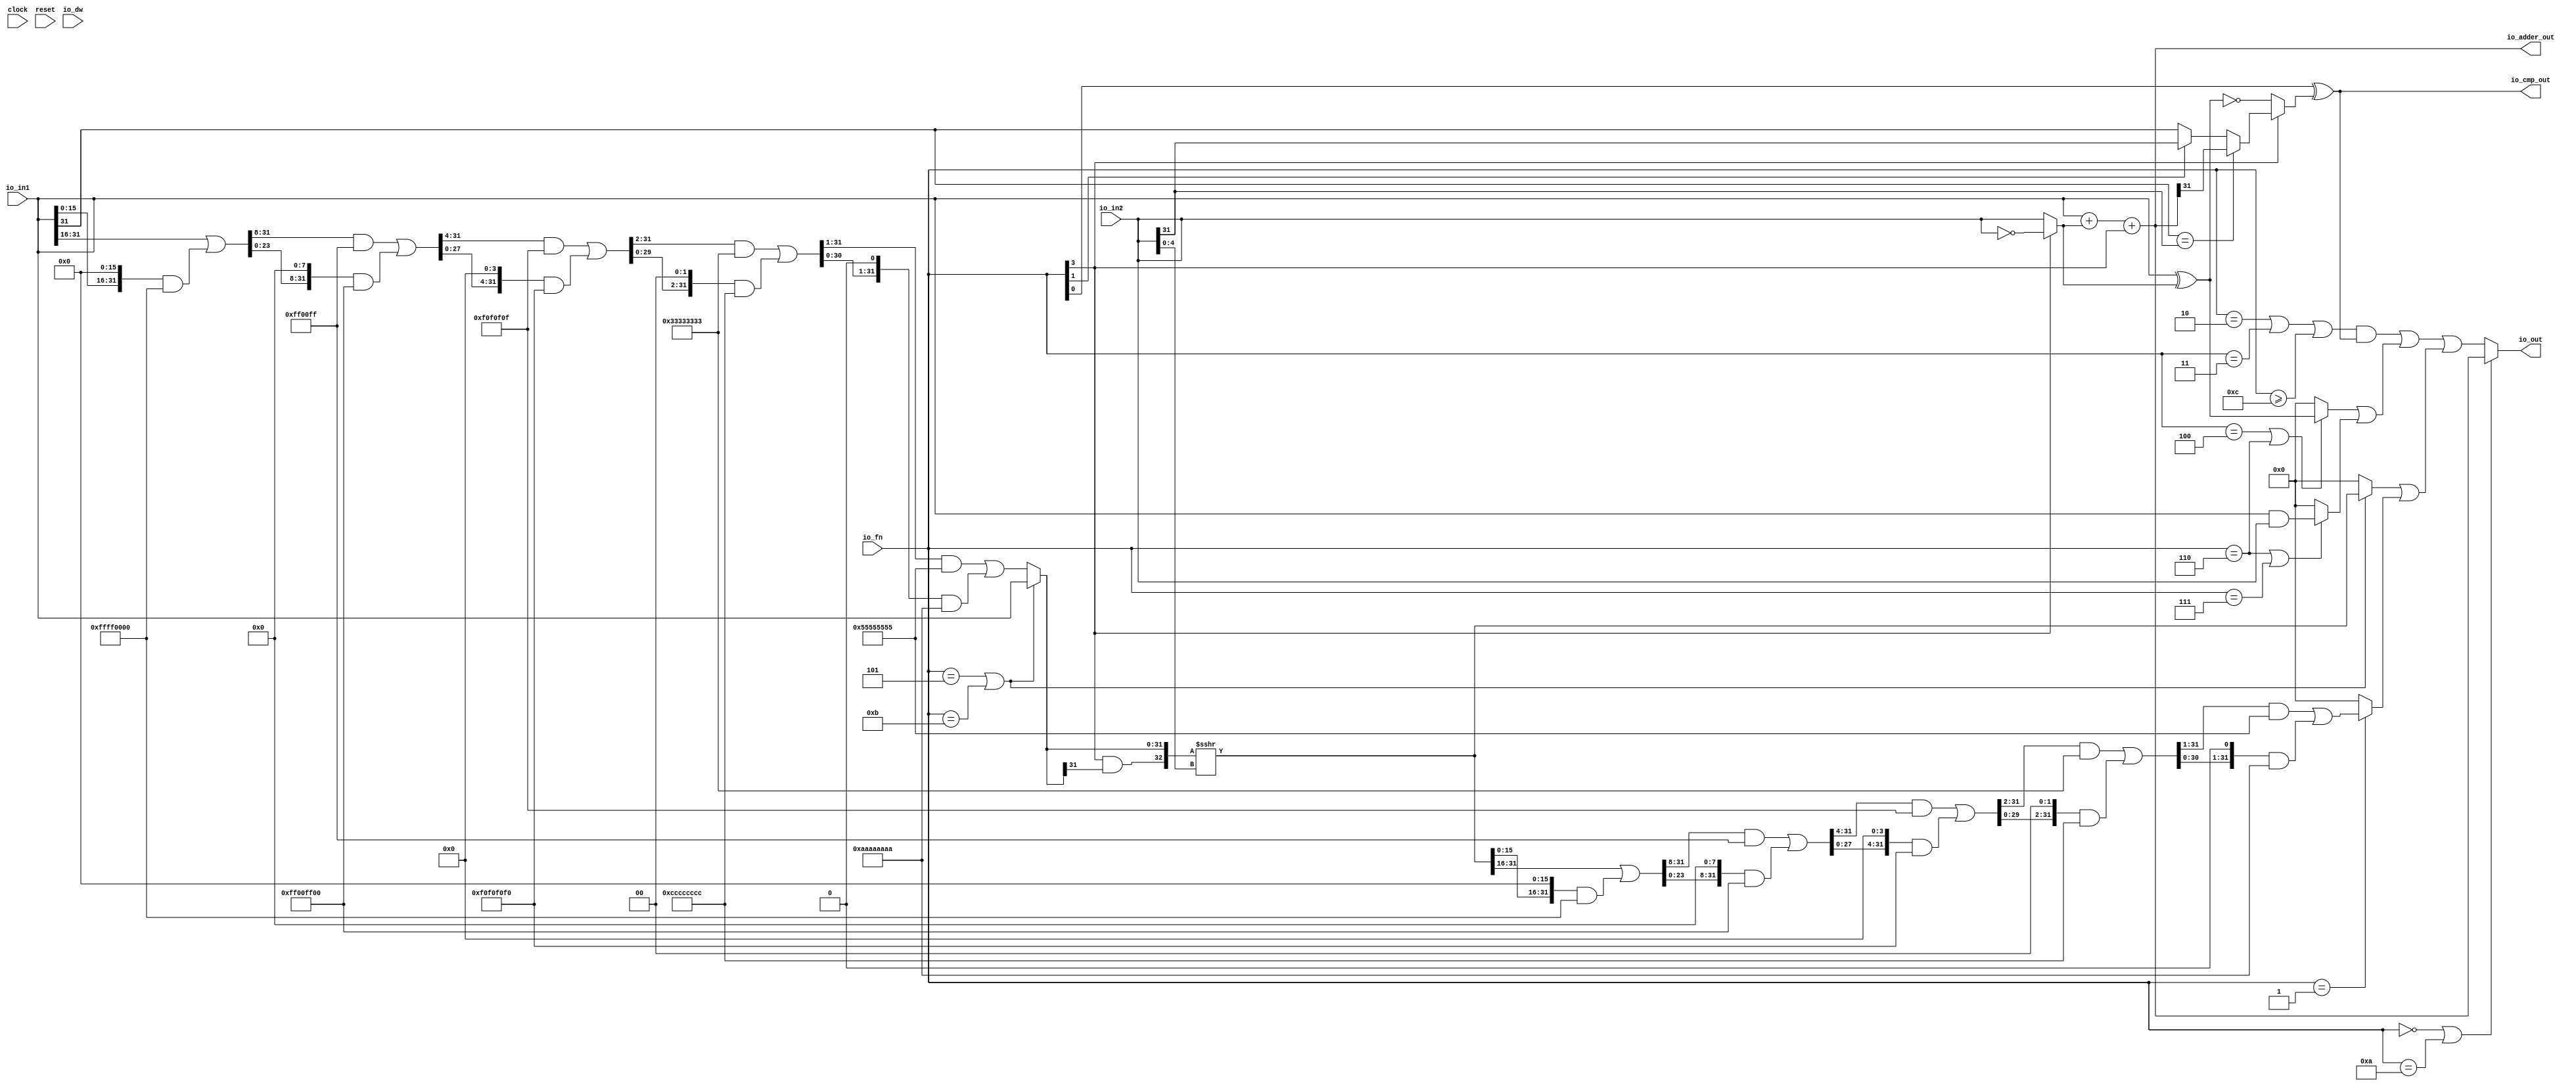
module ALU(
  input   clock,
  input   reset,
  input   io_dw,
  input  [3:0] io_fn,
  input  [31:0] io_in2,
  input  [31:0] io_in1,
  output [31:0] io_out,
  output [31:0] io_adder_out,
  output  io_cmp_out
);
  wire  T_15;
  wire [31:0] T_16;
  wire [31:0] in2_inv;
  wire [31:0] in1_xor_in2;
  wire [32:0] T_17;
  wire [31:0] T_18;
  wire [31:0] GEN_0;
  wire [32:0] T_20;
  wire [31:0] T_21;
  wire  T_22;
  wire  T_25;
  wire  T_27;
  wire  T_28;
  wire  T_29;
  wire  T_30;
  wire  T_31;
  wire  T_32;
  wire  T_35;
  wire  T_36;
  wire  T_37;
  wire  T_38;
  wire [4:0] shamt;
  wire  T_39;
  wire  T_40;
  wire  T_41;
  wire [15:0] T_46;
  wire [31:0] T_47;
  wire [15:0] T_48;
  wire [31:0] GEN_1;
  wire [31:0] T_49;
  wire [31:0] T_51;
  wire [31:0] T_52;
  wire [23:0] T_56;
  wire [31:0] GEN_2;
  wire [31:0] T_57;
  wire [23:0] T_58;
  wire [31:0] GEN_3;
  wire [31:0] T_59;
  wire [31:0] T_61;
  wire [31:0] T_62;
  wire [27:0] T_66;
  wire [31:0] GEN_4;
  wire [31:0] T_67;
  wire [27:0] T_68;
  wire [31:0] GEN_5;
  wire [31:0] T_69;
  wire [31:0] T_71;
  wire [31:0] T_72;
  wire [29:0] T_76;
  wire [31:0] GEN_6;
  wire [31:0] T_77;
  wire [29:0] T_78;
  wire [31:0] GEN_7;
  wire [31:0] T_79;
  wire [31:0] T_81;
  wire [31:0] T_82;
  wire [30:0] T_86;
  wire [31:0] GEN_8;
  wire [31:0] T_87;
  wire [30:0] T_88;
  wire [31:0] GEN_9;
  wire [31:0] T_89;
  wire [31:0] T_91;
  wire [31:0] T_92;
  wire [31:0] shin;
  wire  T_94;
  wire  T_95;
  wire [32:0] T_96;
  wire [32:0] T_97;
  wire [32:0] T_98;
  wire [31:0] shout_r;
  wire [15:0] T_103;
  wire [31:0] T_104;
  wire [15:0] T_105;
  wire [31:0] GEN_10;
  wire [31:0] T_106;
  wire [31:0] T_108;
  wire [31:0] T_109;
  wire [23:0] T_113;
  wire [31:0] GEN_11;
  wire [31:0] T_114;
  wire [23:0] T_115;
  wire [31:0] GEN_12;
  wire [31:0] T_116;
  wire [31:0] T_118;
  wire [31:0] T_119;
  wire [27:0] T_123;
  wire [31:0] GEN_13;
  wire [31:0] T_124;
  wire [27:0] T_125;
  wire [31:0] GEN_14;
  wire [31:0] T_126;
  wire [31:0] T_128;
  wire [31:0] T_129;
  wire [29:0] T_133;
  wire [31:0] GEN_15;
  wire [31:0] T_134;
  wire [29:0] T_135;
  wire [31:0] GEN_16;
  wire [31:0] T_136;
  wire [31:0] T_138;
  wire [31:0] T_139;
  wire [30:0] T_143;
  wire [31:0] GEN_17;
  wire [31:0] T_144;
  wire [30:0] T_145;
  wire [31:0] GEN_18;
  wire [31:0] T_146;
  wire [31:0] T_148;
  wire [31:0] shout_l;
  wire [31:0] T_153;
  wire  T_154;
  wire [31:0] T_156;
  wire [31:0] shout;
  wire  T_157;
  wire  T_158;
  wire  T_159;
  wire [31:0] T_161;
  wire  T_163;
  wire  T_164;
  wire [31:0] T_165;
  wire [31:0] T_167;
  wire [31:0] logic$;
  wire  T_168;
  wire  T_169;
  wire  T_170;
  wire  T_171;
  wire  T_172;
  wire  T_173;
  wire [31:0] GEN_19;
  wire [31:0] T_174;
  wire [31:0] shift_logic;
  wire  T_175;
  wire  T_176;
  wire  T_177;
  wire [31:0] out;
  assign io_out = out;
  assign io_adder_out = T_21;
  assign io_cmp_out = T_38;
  assign T_15 = io_fn[3];
  assign T_16 = ~ io_in2;
  assign in2_inv = T_15 ? T_16 : io_in2;
  assign in1_xor_in2 = io_in1 ^ in2_inv;
  assign T_17 = io_in1 + in2_inv;
  assign T_18 = T_17[31:0];
  assign GEN_0 = {{31'd0}, T_15};
  assign T_20 = T_18 + GEN_0;
  assign T_21 = T_20[31:0];
  assign T_22 = io_fn[0];
  assign T_25 = T_15 == 1'h0;
  assign T_27 = in1_xor_in2 == 32'h0;
  assign T_28 = io_in1[31];
  assign T_29 = io_in2[31];
  assign T_30 = T_28 == T_29;
  assign T_31 = io_adder_out[31];
  assign T_32 = io_fn[1];
  assign T_35 = T_32 ? T_29 : T_28;
  assign T_36 = T_30 ? T_31 : T_35;
  assign T_37 = T_25 ? T_27 : T_36;
  assign T_38 = T_22 ^ T_37;
  assign shamt = io_in2[4:0];
  assign T_39 = io_fn == 4'h5;
  assign T_40 = io_fn == 4'hb;
  assign T_41 = T_39 | T_40;
  assign T_46 = io_in1[31:16];
  assign T_47 = {{16'd0}, T_46};
  assign T_48 = io_in1[15:0];
  assign GEN_1 = {{16'd0}, T_48};
  assign T_49 = GEN_1 << 16;
  assign T_51 = T_49 & 32'hffff0000;
  assign T_52 = T_47 | T_51;
  assign T_56 = T_52[31:8];
  assign GEN_2 = {{8'd0}, T_56};
  assign T_57 = GEN_2 & 32'hff00ff;
  assign T_58 = T_52[23:0];
  assign GEN_3 = {{8'd0}, T_58};
  assign T_59 = GEN_3 << 8;
  assign T_61 = T_59 & 32'hff00ff00;
  assign T_62 = T_57 | T_61;
  assign T_66 = T_62[31:4];
  assign GEN_4 = {{4'd0}, T_66};
  assign T_67 = GEN_4 & 32'hf0f0f0f;
  assign T_68 = T_62[27:0];
  assign GEN_5 = {{4'd0}, T_68};
  assign T_69 = GEN_5 << 4;
  assign T_71 = T_69 & 32'hf0f0f0f0;
  assign T_72 = T_67 | T_71;
  assign T_76 = T_72[31:2];
  assign GEN_6 = {{2'd0}, T_76};
  assign T_77 = GEN_6 & 32'h33333333;
  assign T_78 = T_72[29:0];
  assign GEN_7 = {{2'd0}, T_78};
  assign T_79 = GEN_7 << 2;
  assign T_81 = T_79 & 32'hcccccccc;
  assign T_82 = T_77 | T_81;
  assign T_86 = T_82[31:1];
  assign GEN_8 = {{1'd0}, T_86};
  assign T_87 = GEN_8 & 32'h55555555;
  assign T_88 = T_82[30:0];
  assign GEN_9 = {{1'd0}, T_88};
  assign T_89 = GEN_9 << 1;
  assign T_91 = T_89 & 32'haaaaaaaa;
  assign T_92 = T_87 | T_91;
  assign shin = T_41 ? io_in1 : T_92;
  assign T_94 = shin[31];
  assign T_95 = T_15 & T_94;
  assign T_96 = {T_95,shin};
  assign T_97 = $signed(T_96);
  assign T_98 = ($signed(T_97) >>> shamt) ;//($signed(T_97) >> shamt) | ; //$signed(T_97) >>> shamt;//$signed(T_97) >>> shamt;
  assign shout_r = T_98[31:0];
  assign T_103 = shout_r[31:16];
  assign T_104 = {{16'd0}, T_103};
  assign T_105 = shout_r[15:0];
  assign GEN_10 = {{16'd0}, T_105};
  assign T_106 = GEN_10 << 16;
  assign T_108 = T_106 & 32'hffff0000;
  assign T_109 = T_104 | T_108;
  assign T_113 = T_109[31:8];
  assign GEN_11 = {{8'd0}, T_113};
  assign T_114 = GEN_11 & 32'hff00ff;
  assign T_115 = T_109[23:0];
  assign GEN_12 = {{8'd0}, T_115};
  assign T_116 = GEN_12 << 8;
  assign T_118 = T_116 & 32'hff00ff00;
  assign T_119 = T_114 | T_118;
  assign T_123 = T_119[31:4];
  assign GEN_13 = {{4'd0}, T_123};
  assign T_124 = GEN_13 & 32'hf0f0f0f;
  assign T_125 = T_119[27:0];
  assign GEN_14 = {{4'd0}, T_125};
  assign T_126 = GEN_14 << 4;
  assign T_128 = T_126 & 32'hf0f0f0f0;
  assign T_129 = T_124 | T_128;
  assign T_133 = T_129[31:2];
  assign GEN_15 = {{2'd0}, T_133};
  assign T_134 = GEN_15 & 32'h33333333;
  assign T_135 = T_129[29:0];
  assign GEN_16 = {{2'd0}, T_135};
  assign T_136 = GEN_16 << 2;
  assign T_138 = T_136 & 32'hcccccccc;
  assign T_139 = T_134 | T_138;
  assign T_143 = T_139[31:1];
  assign GEN_17 = {{1'd0}, T_143};
  assign T_144 = GEN_17 & 32'h55555555;
  assign T_145 = T_139[30:0];
  assign GEN_18 = {{1'd0}, T_145};
  assign T_146 = GEN_18 << 1;
  assign T_148 = T_146 & 32'haaaaaaaa;
  assign shout_l = T_144 | T_148;
  assign T_153 = T_41 ? shout_r : 32'h0;
  assign T_154 = io_fn == 4'h1;
  assign T_156 = T_154 ? shout_l : 32'h0;
  assign shout = T_153 | T_156;
  assign T_157 = io_fn == 4'h4;
  assign T_158 = io_fn == 4'h6;
  assign T_159 = T_157 | T_158;
  assign T_161 = T_159 ? in1_xor_in2 : 32'h0;
  assign T_163 = io_fn == 4'h7;
  assign T_164 = T_158 | T_163;
  assign T_165 = io_in1 & io_in2;
  assign T_167 = T_164 ? T_165 : 32'h0;
  assign logic$ = T_161 | T_167;
  assign T_168 = io_fn == 4'h2;
  assign T_169 = io_fn == 4'h3;
  assign T_170 = T_168 | T_169;
  assign T_171 = io_fn >= 4'hc;
  assign T_172 = T_170 | T_171;
  assign T_173 = T_172 & io_cmp_out;
  assign GEN_19 = {{31'd0}, T_173};
  assign T_174 = GEN_19 | logic$;
  assign shift_logic = T_174 | shout;
  assign T_175 = io_fn == 4'h0;
  assign T_176 = io_fn == 4'ha;
  assign T_177 = T_175 | T_176;
  assign out = T_177 ? io_adder_out : shift_logic;
endmodule